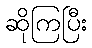
ဆိုကြပြီး